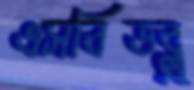
এসবিডব্লু